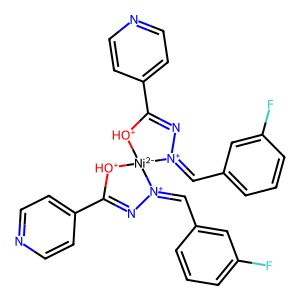
SMILES: Fc1cccc(C=[N+]2N=C(c3ccncc3)[OH+][Ni-2]23[OH+]C(c2ccncc2)=N[N+]3=Cc2cccc(F)c2)c1
Inhibits HIV replication: No